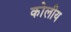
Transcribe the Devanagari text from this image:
कोलीय